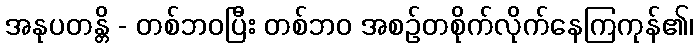
အနုပတန္တိ - တစ်ဘဝပြီး တစ်ဘဝ အစဉ်တစိုက်လိုက်နေကြကုန်၏၊